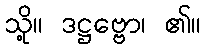
သို့။ ဒဋ္ဌဗ္ဗော၊ ၏။